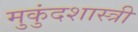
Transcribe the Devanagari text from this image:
मुुकुंदशास्त्री